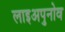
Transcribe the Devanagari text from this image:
लाइअपुनोव